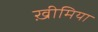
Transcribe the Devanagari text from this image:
ख़ीमिया